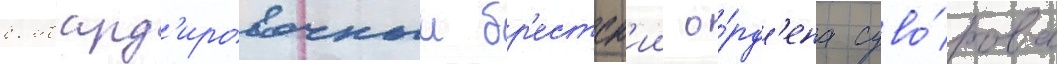
бомбард'ировочныи бр'естск'ии о́рд'ена суво́рова